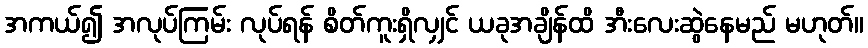
အကယ်၍ အလုပ်ကြမ်း လုပ်ရန် စိတ်ကူးရှိလျှင် ယခုအချိန်ထိ အီးလေးဆွဲနေမည် မဟုတ်။